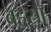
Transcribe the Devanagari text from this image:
बहसॉ